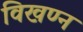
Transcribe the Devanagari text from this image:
विखण्न